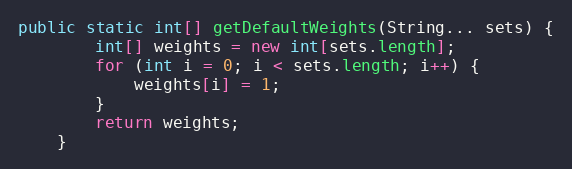
Language: Java
public static int[] getDefaultWeights(String... sets) {
		int[] weights = new int[sets.length];
		for (int i = 0; i < sets.length; i++) {
			weights[i] = 1;
		}
		return weights;
	}